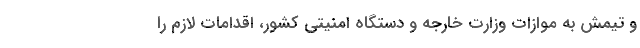
و تیمش به موازات وزارت خارجه و دستگاه امنیتی کشور، اقدامات لازم را